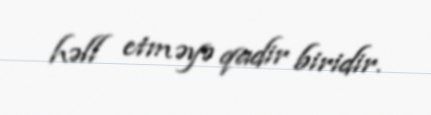
həll etməyə qadir biridir.